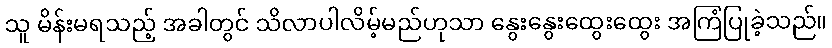
သူ မိန်းမရသည့် အခါတွင် သိလာပါလိမ့်မည်ဟုသာ နွေးနွေးထွေးထွေး အကြံပြုခဲ့သည်။